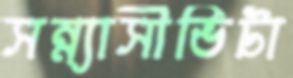
সন্ন্যাসীভিটা